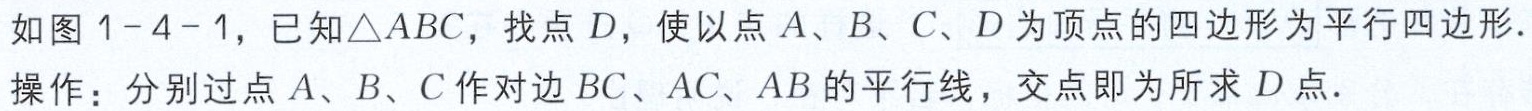
如图 1-4-1，已知\(\triangle ABC\)，找点\(D\)，使以点\(A、B、C、D\)为顶点的四边形为平行四边形．
操作：分别过点\(A、B、C\)作对边\(BC、AC、AB\)的平行线，交点即为所求\(D\)点．